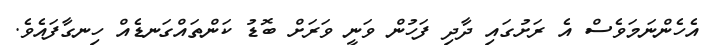
އެހެންނަމަވެސް އެ ރަށުގައި ދާދި ފަހުން ވަނީ ވަރަށް ބޮޑު ކަންތައްގަނޑެއް ހިނގާފައެވެ.